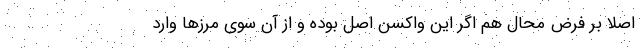
اصلا بر فرض محال هم اگر این واکسن اصل بوده و از آن سوی مرزها وارد